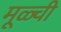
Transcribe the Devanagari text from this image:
मूळ्ची